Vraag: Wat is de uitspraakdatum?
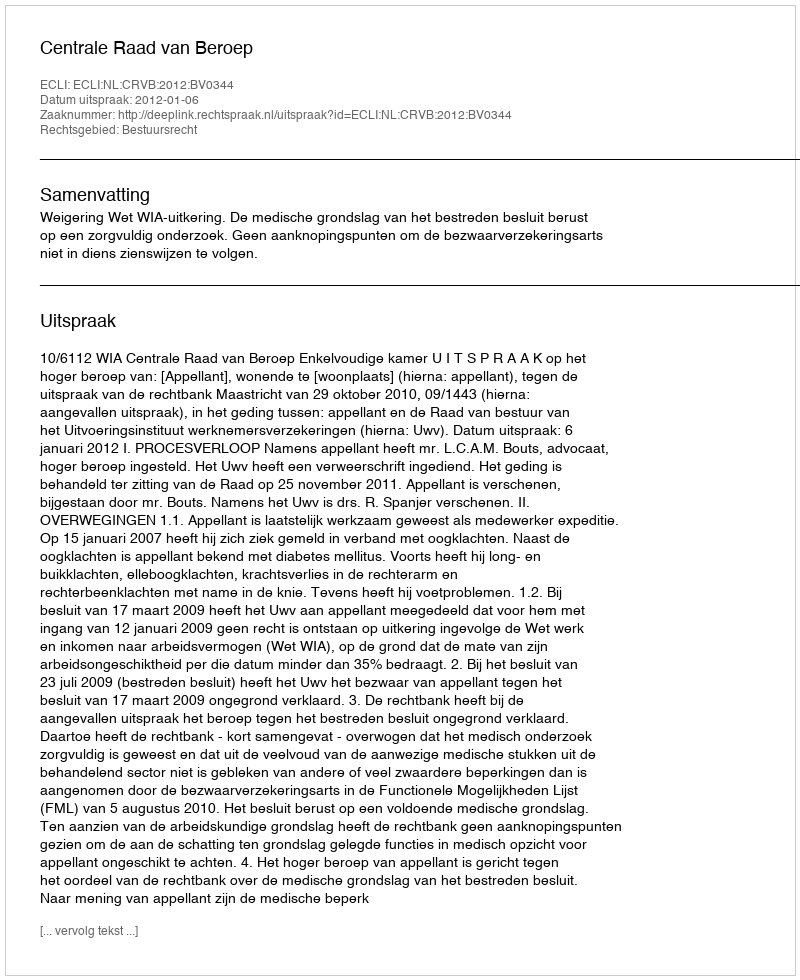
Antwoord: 2012-01-06